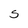
Character: S